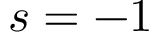
s = - 1